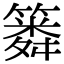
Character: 𥳞